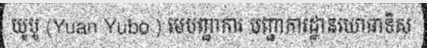
យូបូ (Yuan Yubo ) មេបញ្ជាការ បញ្ជាការដ្ឋានយោធាទិស